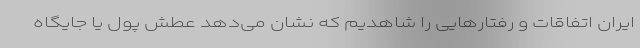
ایران اتفاقات و رفتارهایی را شاهدیم که نشان می‌دهد عطش پول یا جایگاه